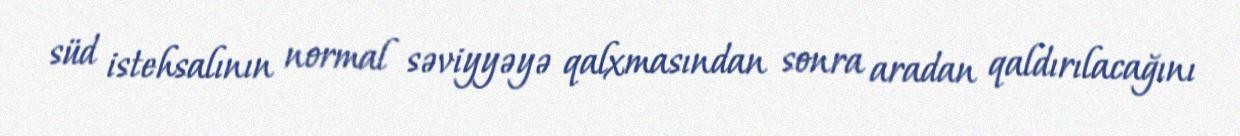
süd istehsalının normal səviyyəyə qalxmasından sonra aradan qaldırılacağını